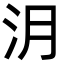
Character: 㳉